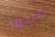
عندما